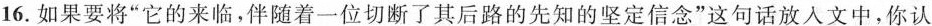
16.如果要将”它的来临，伴随着-位切断了其后路的先知的坚定信念”这句话放人文中，你认